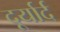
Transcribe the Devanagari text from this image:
दूर्यार्द